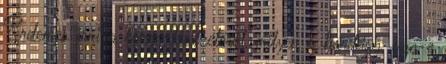
Érdemes írni a könyv kinézetéről, milyen a borítása, van-e